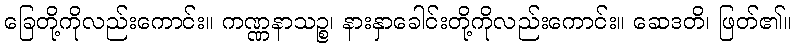
ခြေတို့ကိုလည်းကောင်း။ ကဏ္ဏနာသဉ္စ၊ နားနှာခေါင်းတို့ကိုလည်းကောင်း။ ဆေဒတိ၊ ဖြတ်၏။